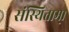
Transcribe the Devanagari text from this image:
संस्थिताम्‌।